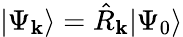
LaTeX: |\Psi_{\mathbf{k}}\rangle=\hat{{R}}_{\mathbf{k}}|\Psi_{0}\rangle